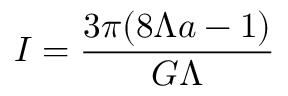
I = \frac { 3 \pi ( 8 \Lambda a - 1 ) } { G \Lambda }